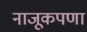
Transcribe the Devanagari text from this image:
नाजूकपणा